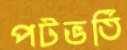
পটভর্তি